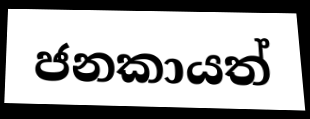
ජනකායත්